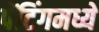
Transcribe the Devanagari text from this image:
पेंटिंगमध्ये